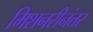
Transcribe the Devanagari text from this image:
मिशनरीनंतर